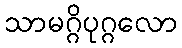
သာမဂ္ဂိပုဂ္ဂလော